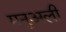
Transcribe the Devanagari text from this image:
मनुअली